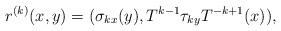
LaTeX: \begin{align*}r^{(k)}(x,y)= (\sigma_{kx}(y), T^{k-1}\tau_{ky}T^{-k+1}(x)),\end{align*}